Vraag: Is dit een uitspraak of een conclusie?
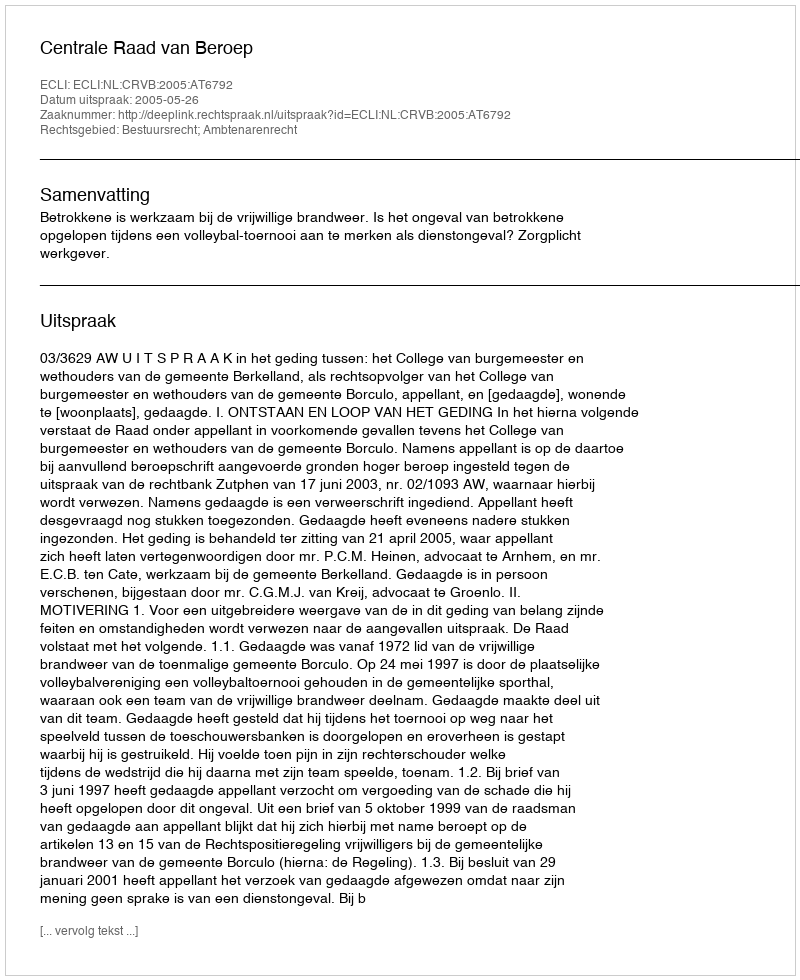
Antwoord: Uitspraak